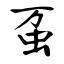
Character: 虿